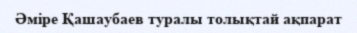
Әміре Қашаубаев туралы толықтай ақпарат